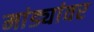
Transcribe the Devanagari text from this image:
मांड्यांवर